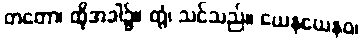
တတော၊ ထိုအခါ၌။ တွံ၊ သင်သည်။ ယေနယေနဝ၊